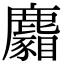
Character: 𪋢